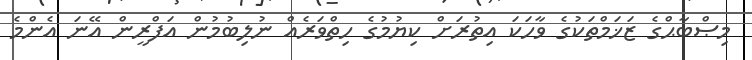
މިޞްބާޙްގެ ޒަޚަމްތަކުގެ ވާހަކަ އިތުރަށް ކިޔުމުގެ ހިތްވަރެއް ނުލިބުމުން އަފްރީން އޭނަ އެންމެ